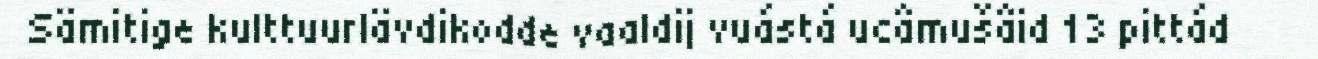
Sämitige kulttuurlävdikodde vaaldij vuástá ucâmušâid 13 pittád